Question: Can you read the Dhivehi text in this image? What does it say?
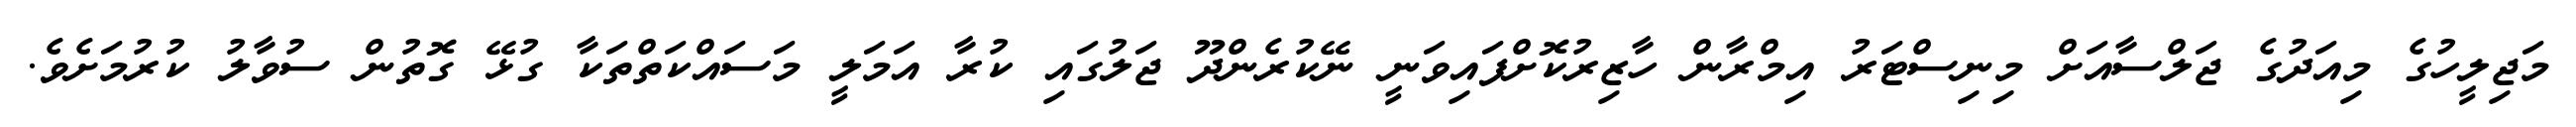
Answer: މަޖިލީހުގެ މިއަދުގެ ޖަލްސާއަށް މިނިސްޓަރު އިމްރާން ހާޒިރުކޮށްފައިވަނީ ނޭކުރެންދޫ ޖަލުގައި ކުރާ އަމަލީ މަސައްކަތްތަކާ ގުޅޭ ގޮތުން ސުވާލު ކުރުމަށެވެ.